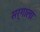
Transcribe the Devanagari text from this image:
सर्गाला